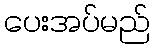
ပေးအပ်မည်